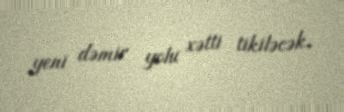
yeni dəmir yolu xətti tikiləcək.